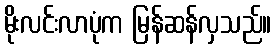
မိုးလင်းလာပုံက မြန်ဆန်လှသည်။